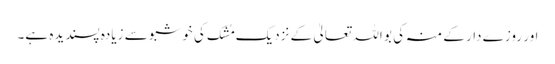
اور روزے دار کے منہ کی بو اللہ تعالیٰ کے نزدیک مُشک کی خوشبو سے زیادہ پسندیدہ ہے۔